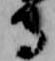
守